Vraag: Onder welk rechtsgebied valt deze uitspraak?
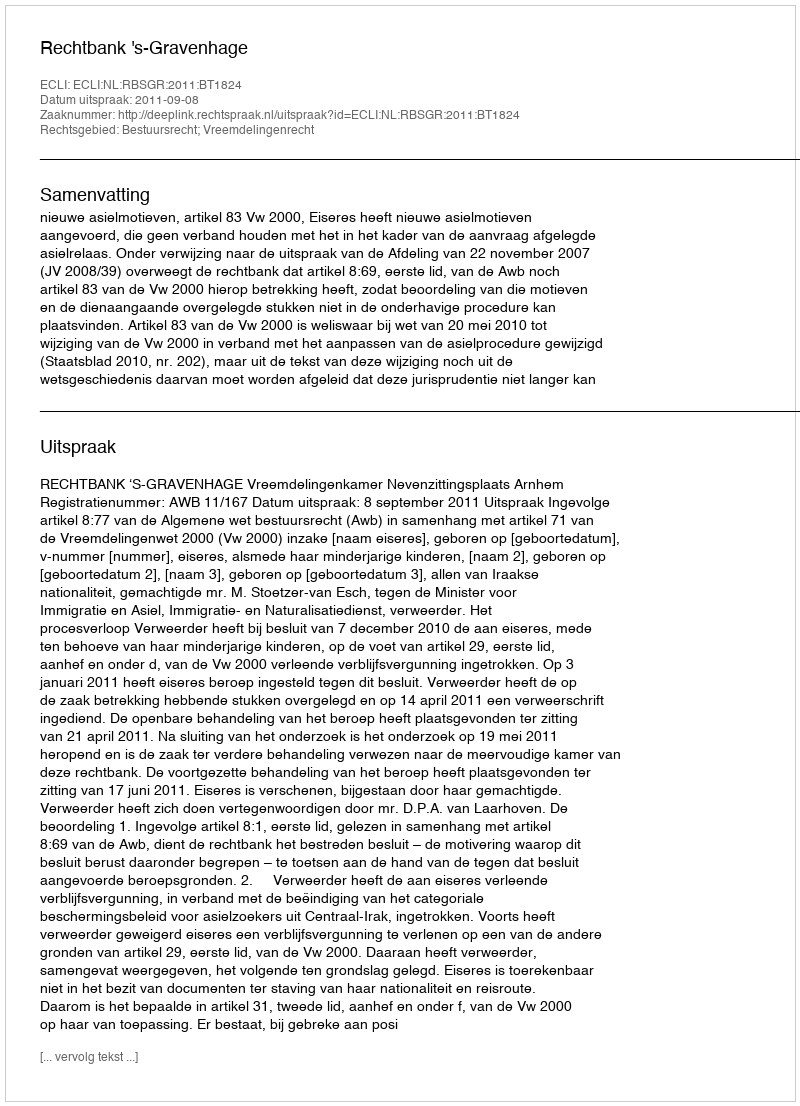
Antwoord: Bestuursrecht; Vreemdelingenrecht